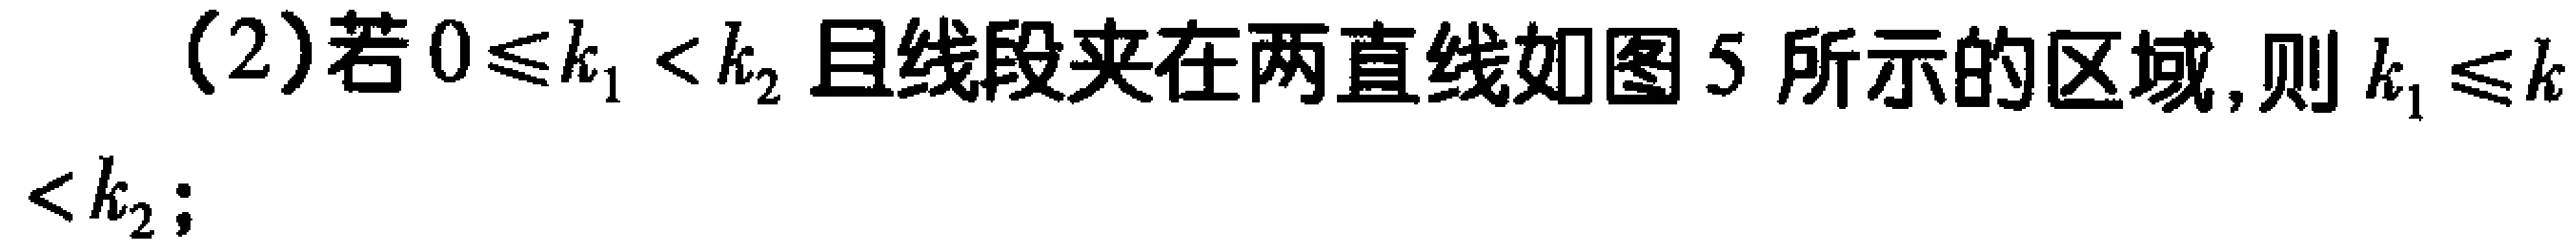
(2)若\(0\leq k_{1}<k_{2}\)且线段夹在两直线如图5所示的区域,则\(k_{1}\leq k < k_{2}\);